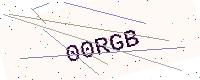
Text: 00RGB